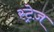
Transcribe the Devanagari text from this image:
स्ट्रेज़